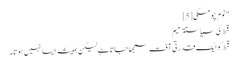
"نوم چومسکی[5]
قحط کی سیاستترمیم
قحط کو ایک قدرتی آفت سمجھا جاتا ہے لیکن ہمیشہ ایسا نہیں ہوتا۔